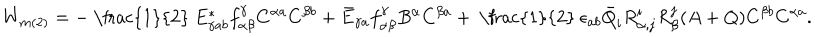
W _ { m ( 2 ) } = - \mathrm { ~ \frac { 1 } { 2 } ~ } E _ { \gamma a b } ^ { * } f _ { \alpha \beta } ^ { \gamma } C ^ { \alpha a } C ^ { \beta b } + \bar { E } _ { \gamma a } f _ { \alpha \beta } ^ { \gamma } B ^ { \alpha } C ^ { \beta a } + \mathrm { ~ \frac { 1 } { 2 } ~ } \epsilon _ { a b } \bar { Q } _ { i } R _ { \alpha , j } ^ { i } R _ { \beta } ^ { j } ( A + Q ) C ^ { \beta b } C ^ { \alpha a } .